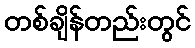
တစ်ချိန်တည်းတွင်